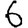
Digit: 6